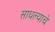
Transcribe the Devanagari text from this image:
साधल्याचे